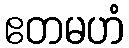
ဧတမဟံ